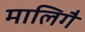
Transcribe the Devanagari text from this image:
मालिगै